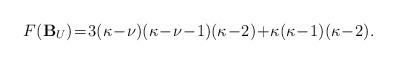
LaTeX: \begin{align*} F(\mathbf{B}_U) &\!=\!3(\kappa\!-\!\nu)(\kappa\!-\!\nu\!-\!1)(\kappa\!-\!2)\!+\!\kappa(\kappa\!-\!1)(\kappa\!-\!2).\end{align*}